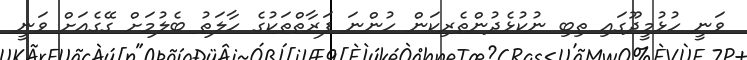
ވަނީ ހުޅުމީދޫގައި ތިބި ނުކުޅެދުންތެރިކަން ހުންނަ ފަރާތްތަކުގެ ހާލަތު ބެލުމަށް ގޭގެއަށް ވަނީ